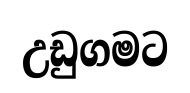
උඩුගමට